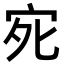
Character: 𭓩